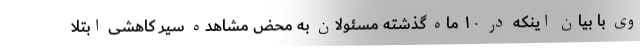
وی با بیان اینکه در ۱۰ ماه گذشته مسئولان به محض مشاهده سیر کاهشی ابتلا